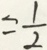
= \frac { 1 } { 2 }